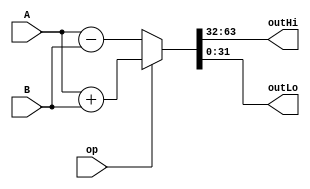
`timescale 1ns / 1ps
// op = 1 add
// op = 0 sub
module HiLoArith(A, B, outHi, outLo, op);
    input [63:0] A, B;
    input op;
    
    reg [63:0] temp;
    
    output reg[31:0] outHi, outLo;
    
    always@(*) begin
        if(op == 1)
            temp = A + B;
        else 
            temp = A - B;
        
        outHi <= temp[63:32];
        outLo <= temp[31:0];
    end
endmodule